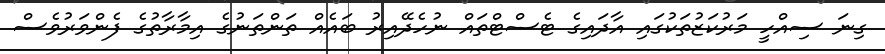
ގިނަ ސިއްހީ މަރުކަޒުތަކުގައި އާދައިގެ ޓެސްޓްތައް ނުހެދޭއިރު ބައެއް ތަންތަނުގެ އިމާރާތުގެ ފެންވަރުވެސް